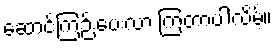
ဆောင်ကြဉ်းပေးလာ ကြတာပါလိမ့်။